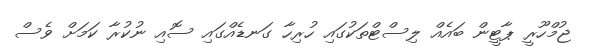
ޖުމްހޫރީ ޕާޓީން ބައެއް ލިސްޓްތަކުގައި ހުރިހާ ގަނޑެއްގައި ސޮއި ނުކުރާ ކަމަށް ވެސް